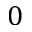
0